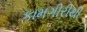
કામગીરીથી